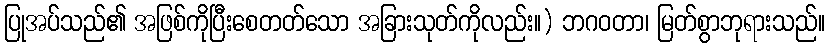
ပြုအပ်သည်၏ အဖြစ်ကိုပြီးစေတတ်သော အခြားသုတ်ကိုလည်း။) ဘဂဝတာ၊ မြတ်စွာဘုရားသည်။